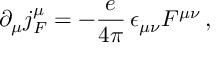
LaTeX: \partial _ { \mu } j _ { F } ^ { \mu } = - { \frac { e } { 4 \pi } } \, \epsilon _ { \mu \nu } F ^ { \mu \nu } \, ,